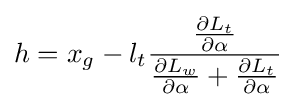
h=x_{g}-l_{t}{\frac {\frac {\partial L_{t}}{\partial \alpha }}{{\frac {\partial L_{w}}{\partial \alpha }}+{\frac {\partial L_{t}}{\partial \alpha }}}}